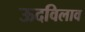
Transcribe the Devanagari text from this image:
ऊदविलाव